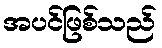
အပင်ဖြစ်သည်